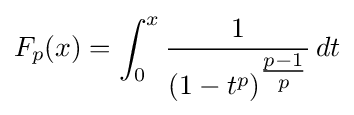
F_{p}(x)=\int _{0}^{x}{\frac {1}{{(1-t^{p})}^{\tfrac {p-1}{p}}}}\,dt